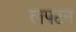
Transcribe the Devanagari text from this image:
लपटन